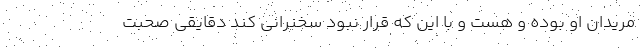
مریدان او بوده و هست و با این که قرار نبود سخنرانی کند دقایقی صحبت